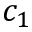
c _ { 1 }